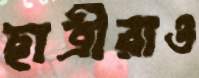
ছাত্রীরাও